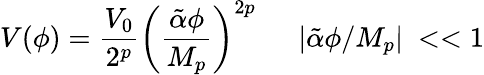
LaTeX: V(\phi)={\frac{V_{0}}{2^{p}}}\left(\frac{\tilde{\alpha}\phi}{M_{p}}\right)^{2p}~~~~~~|\tilde{\alpha}\phi/M_{p}|~<<1